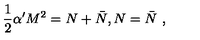
\frac { 1 } { 2 } \alpha ^ { \prime } M ^ { 2 } = N + \bar { N } , N = \bar { N } \ ,